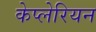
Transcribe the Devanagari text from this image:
केप्लेरियन